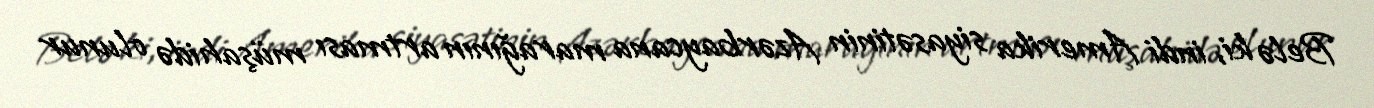
Belə ki, indi Amerika siyasətinin Azərbaycana marağının artması müşahidə olunur